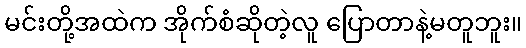
မင်းတို့အထဲက အိုက်စံဆိုတဲ့လူ ပြောတာနဲ့မတူဘူး။